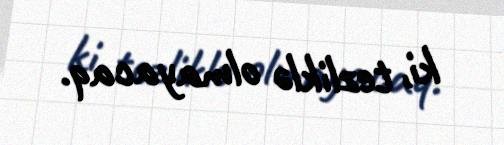
ki, tezliklə olmayacaq.